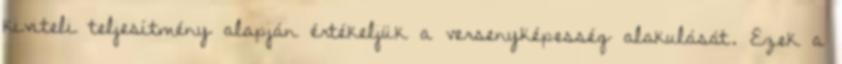
kiviteli teljesítmény alapján értékeljük a versenyképesség alakulását. Ezek a